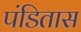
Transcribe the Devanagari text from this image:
पंडितास